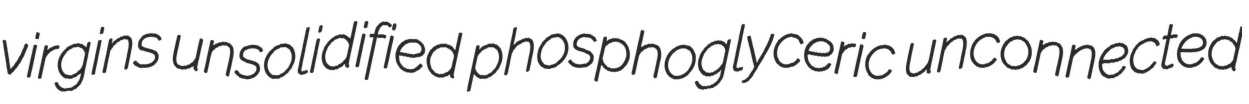
virgins unsolidified phosphoglyceric unconnected